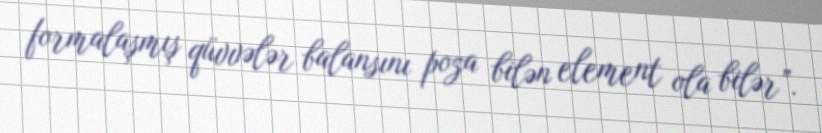
formalaşmış qüvvələr balansını poza bilən element ola bilər”.